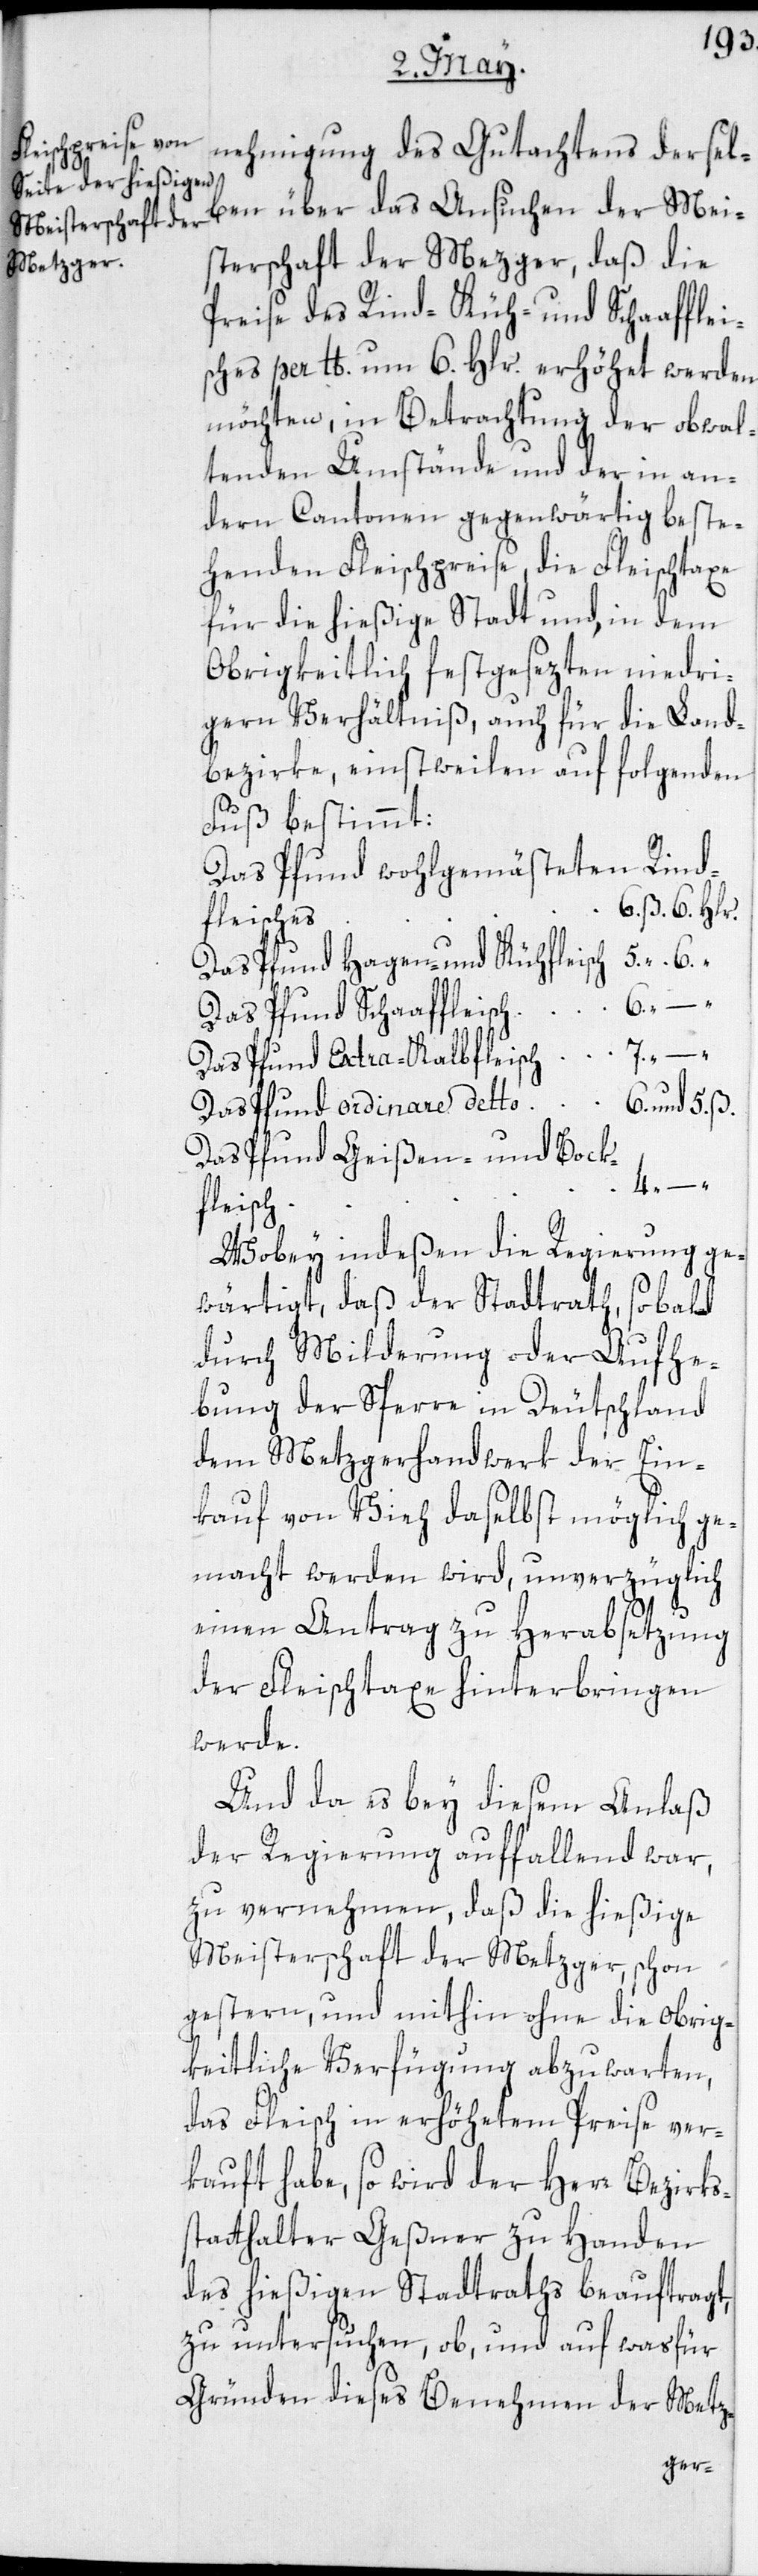
nehmigung des Gutachtens dersel¬
ben über das Ansuchen der Mei¬
sterschaft der Mezger, daß die
Preise des Rind-[,] Küh- und Schaafflei¬
sches per lb. um 6. Hlr. erhöhet werden
möchten, in Betrachtung der obwal¬
tenden Umstände und der in an¬
dern Cantonen gegenwärtig beste¬
henden Fleischpreise, die Fleischtaxe
für die hießige Stadt und, in dem
Obrigkeitlich festgesezten niedri¬
gern Verhältniß, auch für die Land¬
bezirke, einstweilen auf folgenden
4.
Fuß bestimmt:
Das Pfund wohlgemästeten Rind¬
fleisches
Das Pfund Hagen- und Kühfleisch
Das Pfund Schaaffleisch
Das Pfund Extra-Kalbfleisch
Das Pfund Geißen- und Bock¬
“
fleisch
Wobey indeßen die Regierung ge¬
wärtigt, daß der Stadtrath, sobald
durch Milderung oder Aufhe¬
bung der Sperre in Deutschland
dem Metzgerhandwerk der Ein¬
kauf von Vieh daselbst möglich ge¬
macht werden wird, unverzüglich
einen Antrag zu Herabsetzung
der Fleischtaxe hinterbringen
werde.
Und da es bey diesem Anlaß
der Regierung auffallend war,
zu vernehmen, daß die hießige
Meisterschaft der Metzger, schon
gestern, und mithin ohne die Obrig¬
keitliche Verfügung abzuwarten,
das Fleisch in erhöhetem Preise ver¬
kauft habe, so wird der Herr Bezirks¬
statthalter Geßner zu Handen
des hießigen Stadtraths beauftragt,
zu untersuchen, ob, und auf was für
Gründen dieses Benehmen der Metz-